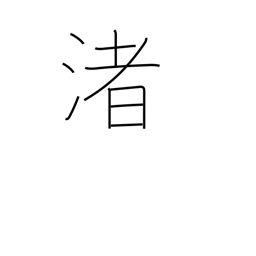
Meaning: strand